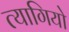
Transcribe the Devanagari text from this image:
त्‍यागियो